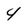
Character: 4